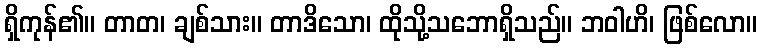
ရှိကုန်၏။ တာတ၊ ချစ်သား။ တာဒိသော၊ ထိုသို့သဘောရှိသည်။ ဘဝါဟိ၊ ဖြစ်လော။